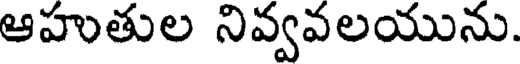
ఆహుతుల నివ్వవలయును.